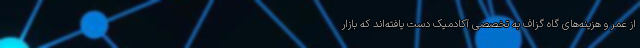
از عمر و هزینه‌های گاه گزاف به تخصصی آکادمیک دست یافته‌اند که بازار